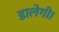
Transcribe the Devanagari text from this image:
डालेगी।